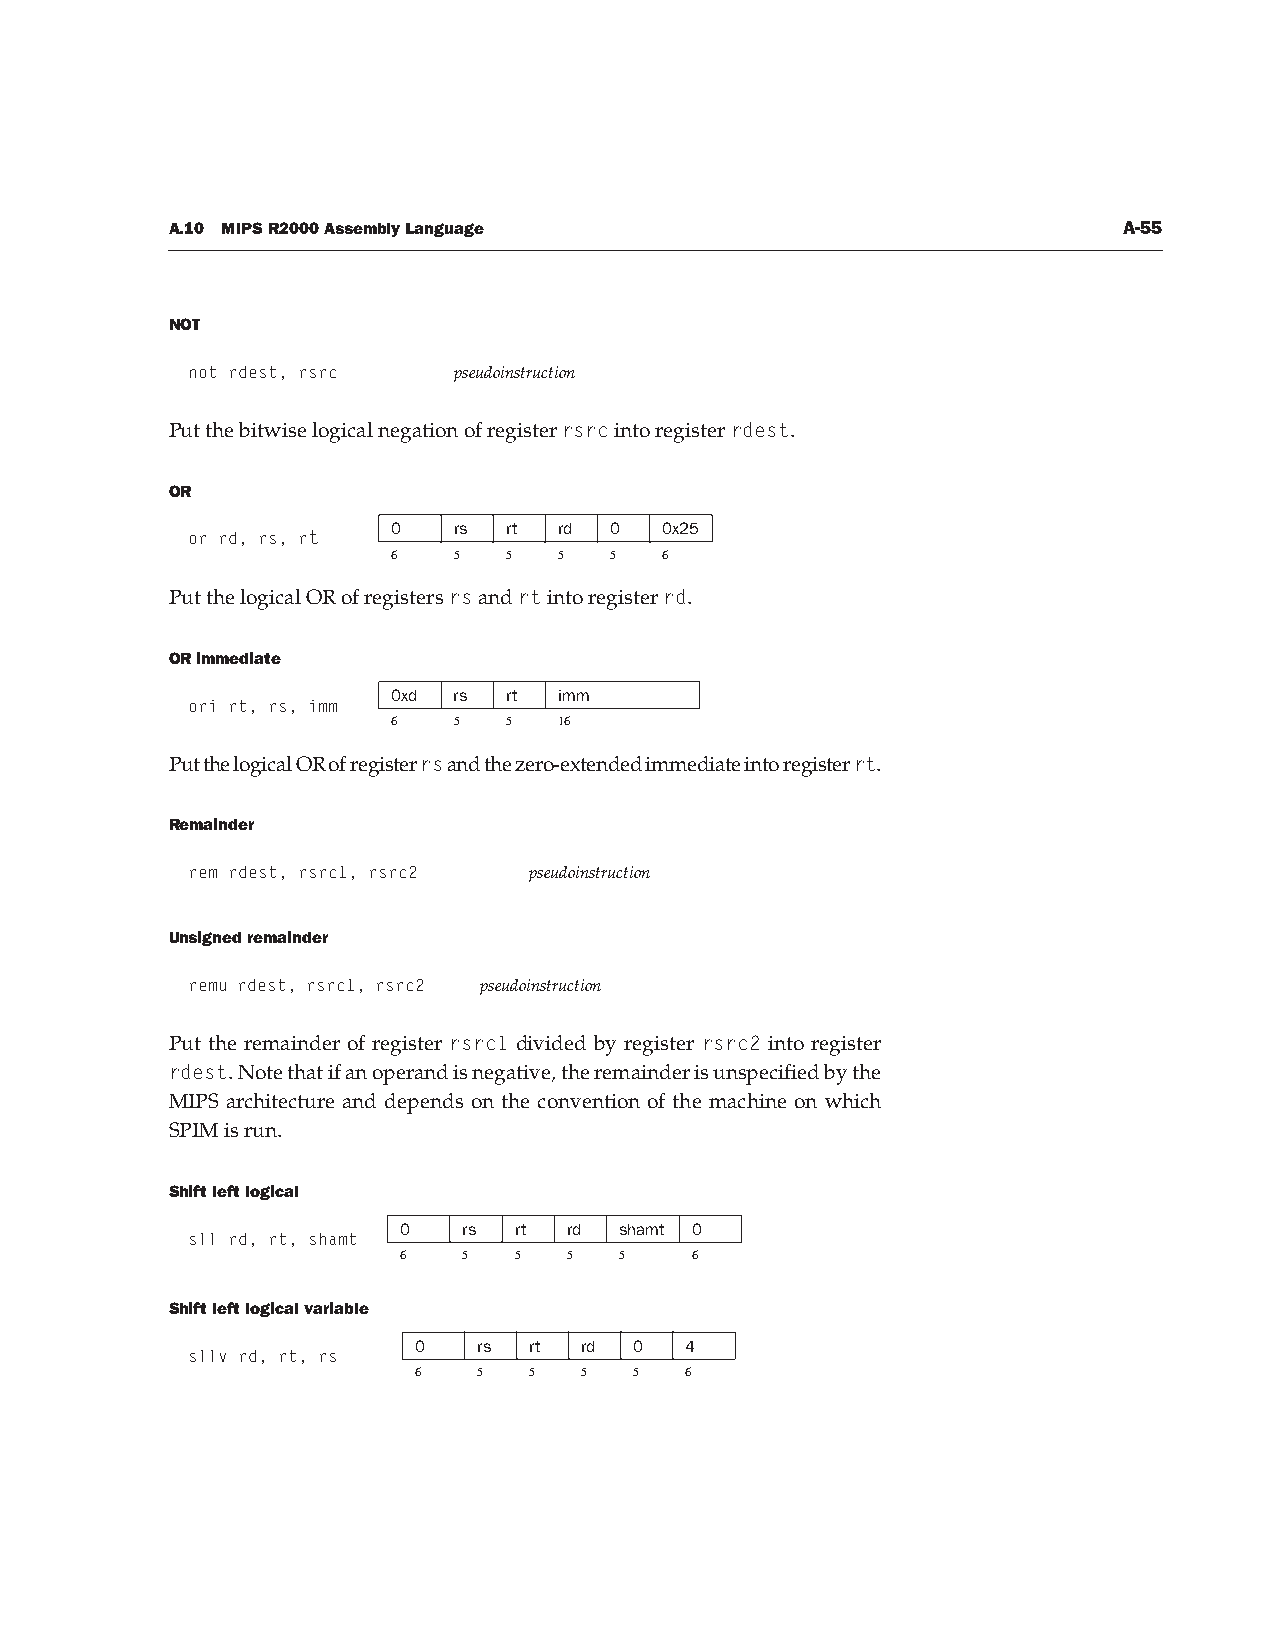
A.10 MIPS R2000 Assembly Language                              A-55
 NOT
 not rdest, rsrc   pseudoinstruction
 Put the bitwise logical negation of register rsrc into register rdest.
 OR
 0   rs rt  rd 0   0x25
 or rd, rs, rt
 6   5  5   5  5   6
 Put the logical OR of registers rs and rt into register rd.
 OR immediate
 0xd rs rt  imm
 ori rt, rs, imm
 6   5  5   16
 Put the logical OR of register rs and the zero-extended immediate into register rt.
 Remainder
 rem rdest, rsrc1, rsrc2 pseudoinstruction
 Unsigned remainder
 remu rdest, rsrc1, rsrc2 pseudoinstruction
 Put the remainder of register rsrc1 divided by register rsrc2 into register
 rdest. Note that if an operand is negative, the remainder is unspecified by the
 MIPS architecture and depends on the convention of the machine on which
 SPIM is run.
 Shift left logical
 0    rs rt  rd shamt 0
 sll rd, rt, shamt
 6    5  5   5  5    6
 Shift left logical variable
 0    rs rt rd  0  4
 sllv rd, rt, rs
 6    5  5  5   5  6